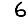
Digit: 6